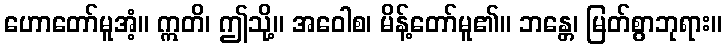
ဟောတော်မူအံ့။ ဣတိ၊ ဤသို့။ အဝေါစ၊ မိန့်တော်မူ၏။ ဘန္တေ၊ မြတ်စွာဘုရား။